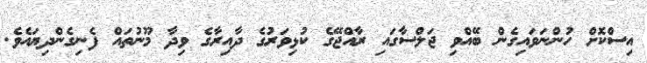
އިސްކޮށް ހުންނަވައިގެން ބޭއްވި ޖަލްސާގައި ރާއްޖޭގެ ކުޅިވަރުގެ ދާއިރާގެ ވިދާ މޫނުތައް ފެނިގެންދިޔައެވެ.